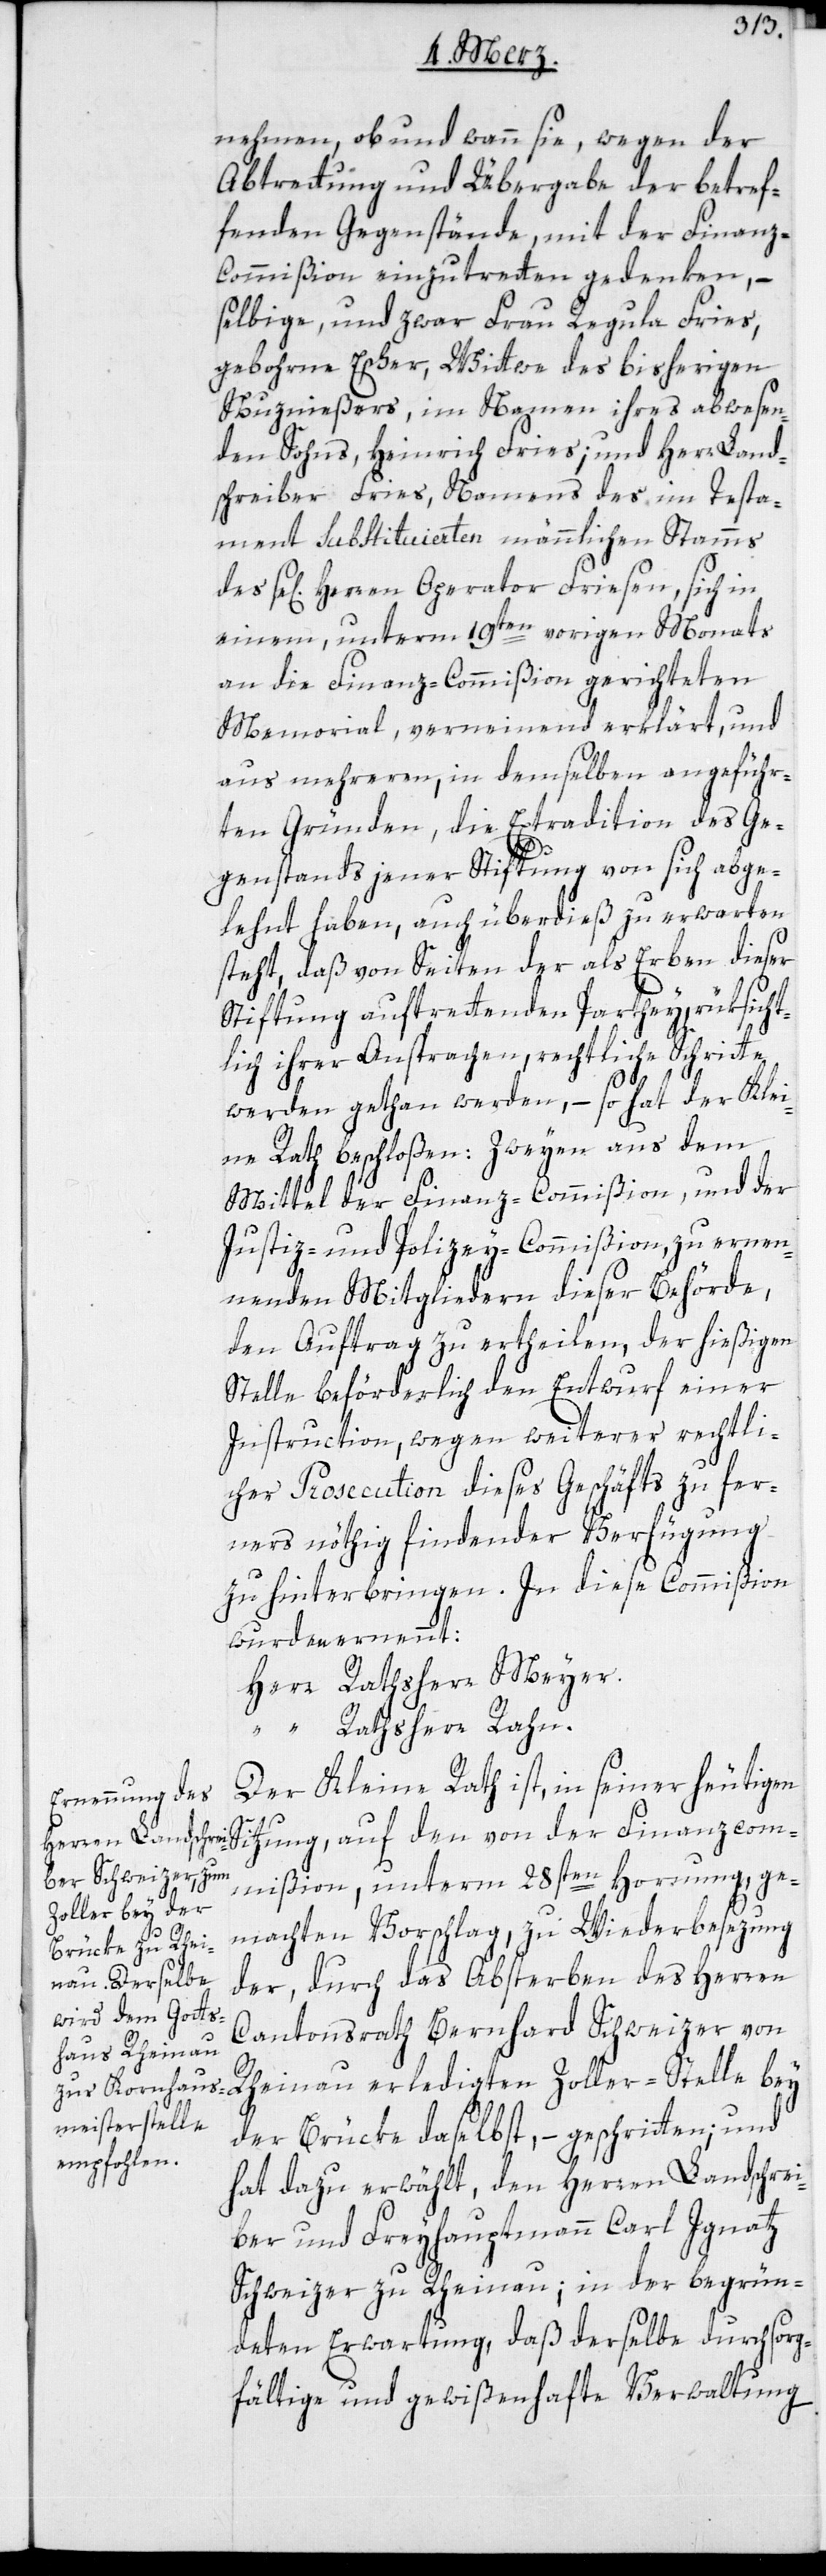
nehmen, ob und wann sie, wegen der
Abtrettung und Übergabe der betref¬
fenden Gegenstände, mit der Finanz-C¬
ommißion einzuttreten gedenken, –
selbige, und zwar Frau Regula Fries,
geborne Escher, Wittwe des bisherigen
Nuznießers, im Namen ihres abwesen¬
den Sohns, Heinrich Fries; und Herrn Land¬
schreiber Fries, Namens des im Testa¬
ment substitutierten männlichen Stamms
se[ligen] Herren Operator Friesen, sich in
einem, unterm 19ten vorigen Monats
an die Finanz-Commißion gerichteten
Memorial, verneinend erklärt, und
aus mehreren, in demselben angeführ¬
ten Gründen, die Extradition des Ge¬
Si¬
genstands jener Stiftung von sich abge¬
lehnt haben, auch überdieß zu erwarten
steht, daß von Seiten der als Erben dieser
Stiftung auftrettenden Parthey, rüksicht¬
lich ihrer Ansprachen, rechtliche Schritte
werden gethan werden, – so hat der Klei¬
ne Rath beschloßen: Zweyen aus dem
Mittel der Finanz-Commißion, und der
Justiz- und Polizeycommißion, zu ernen¬
nenden Mitgliedern dieser Behörde,
den Auftrag zu ertheilen, der hießigen
Stelle beförderlich den Entwurf einer
Instruction, wegen weiterer rechtli¬
cher Prosecution dieses Geschäfts zu fer¬
ners nöthig findender Verfügung
zu hinterbringen. In diese Commißion
wurden ernennt:
Herr Rathsherr Meyer.
“ Rathsherr Rahn.
Der Kleine Rath ist, in seiner heutigen
tzung, auf den von der Finanzcom¬
mißion, unterm 28sten Hornung, ge¬
machten Vorschlag, zu Wiederbesezung
der, durch das Absterben des Herren
Cantonsrath Bernhard Schweizer von
der Brücke daselbst, – geschritten; und
hat dazu erwählt, den Herren Landschrei¬
ber und Freyhauptmann Carl Ignatz
Schweizer zu Rheinau; in der begrün¬
deten Erwartung, daß derselbe durch sorg¬
fältige und gewißenhafte Verwaltung